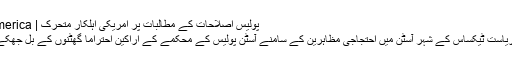
پولیس اصلاحات کے مطالبات پر امریکی اہلکار متحرک | ShareAmerica
6 جون کو ریاست ٹیکساس کے شہر آسٹن میں احتجاجی مظاہرین کے سامنے آسٹن پولیس کے محکمے کے اراکین احتراماً گھٹنوں کے بل جھکے ہوئے ہیں۔